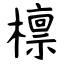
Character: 檩